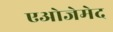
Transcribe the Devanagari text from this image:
एओजेमेद